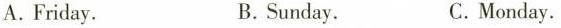
A.Friday. B.Sunday. C.Monday.